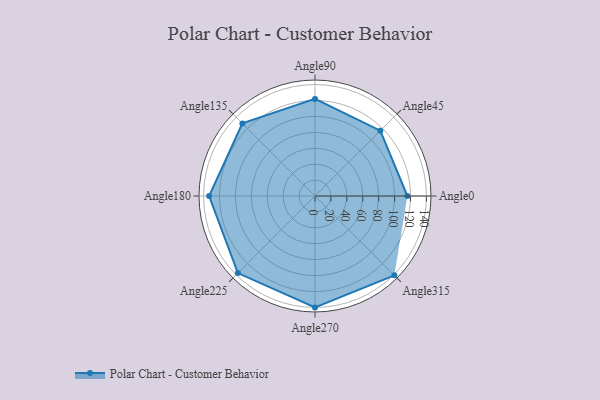
{"axis": {"x": "Angle", "y": "Radius"}, "legend": [""], "data": [{"x": "Angle0", "y": 116.0, "type": ""}, {"x": "Angle45", "y": 116.0, "type": ""}, {"x": "Angle90", "y": 122.0, "type": ""}, {"x": "Angle135", "y": 129.0, "type": ""}, {"x": "Angle180", "y": 133.0, "type": ""}, {"x": "Angle225", "y": 137.0, "type": ""}, {"x": "Angle270", "y": 140.0, "type": ""}, {"x": "Angle315", "y": 141.0, "type": ""}]}